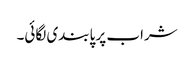
شراب پر پابندی لگائی۔